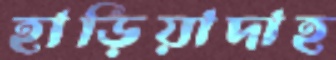
হাড়িয়াদাহ